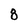
Character: 8